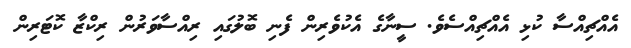
އެއްޗިއްސާ ކުޅި އެއްޗިއްސެވެ. ސީނާގެ އެކުވެރިން ފެނި ބޮލުގައި ރިއްސާވަރުން ރިކްޒާ ކޮޓަރިން